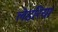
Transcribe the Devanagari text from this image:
लेइरिया